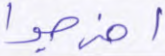
اخرجوا